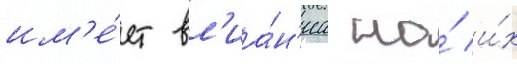
им'е́ет вл'иа́н'иа на́ и́х